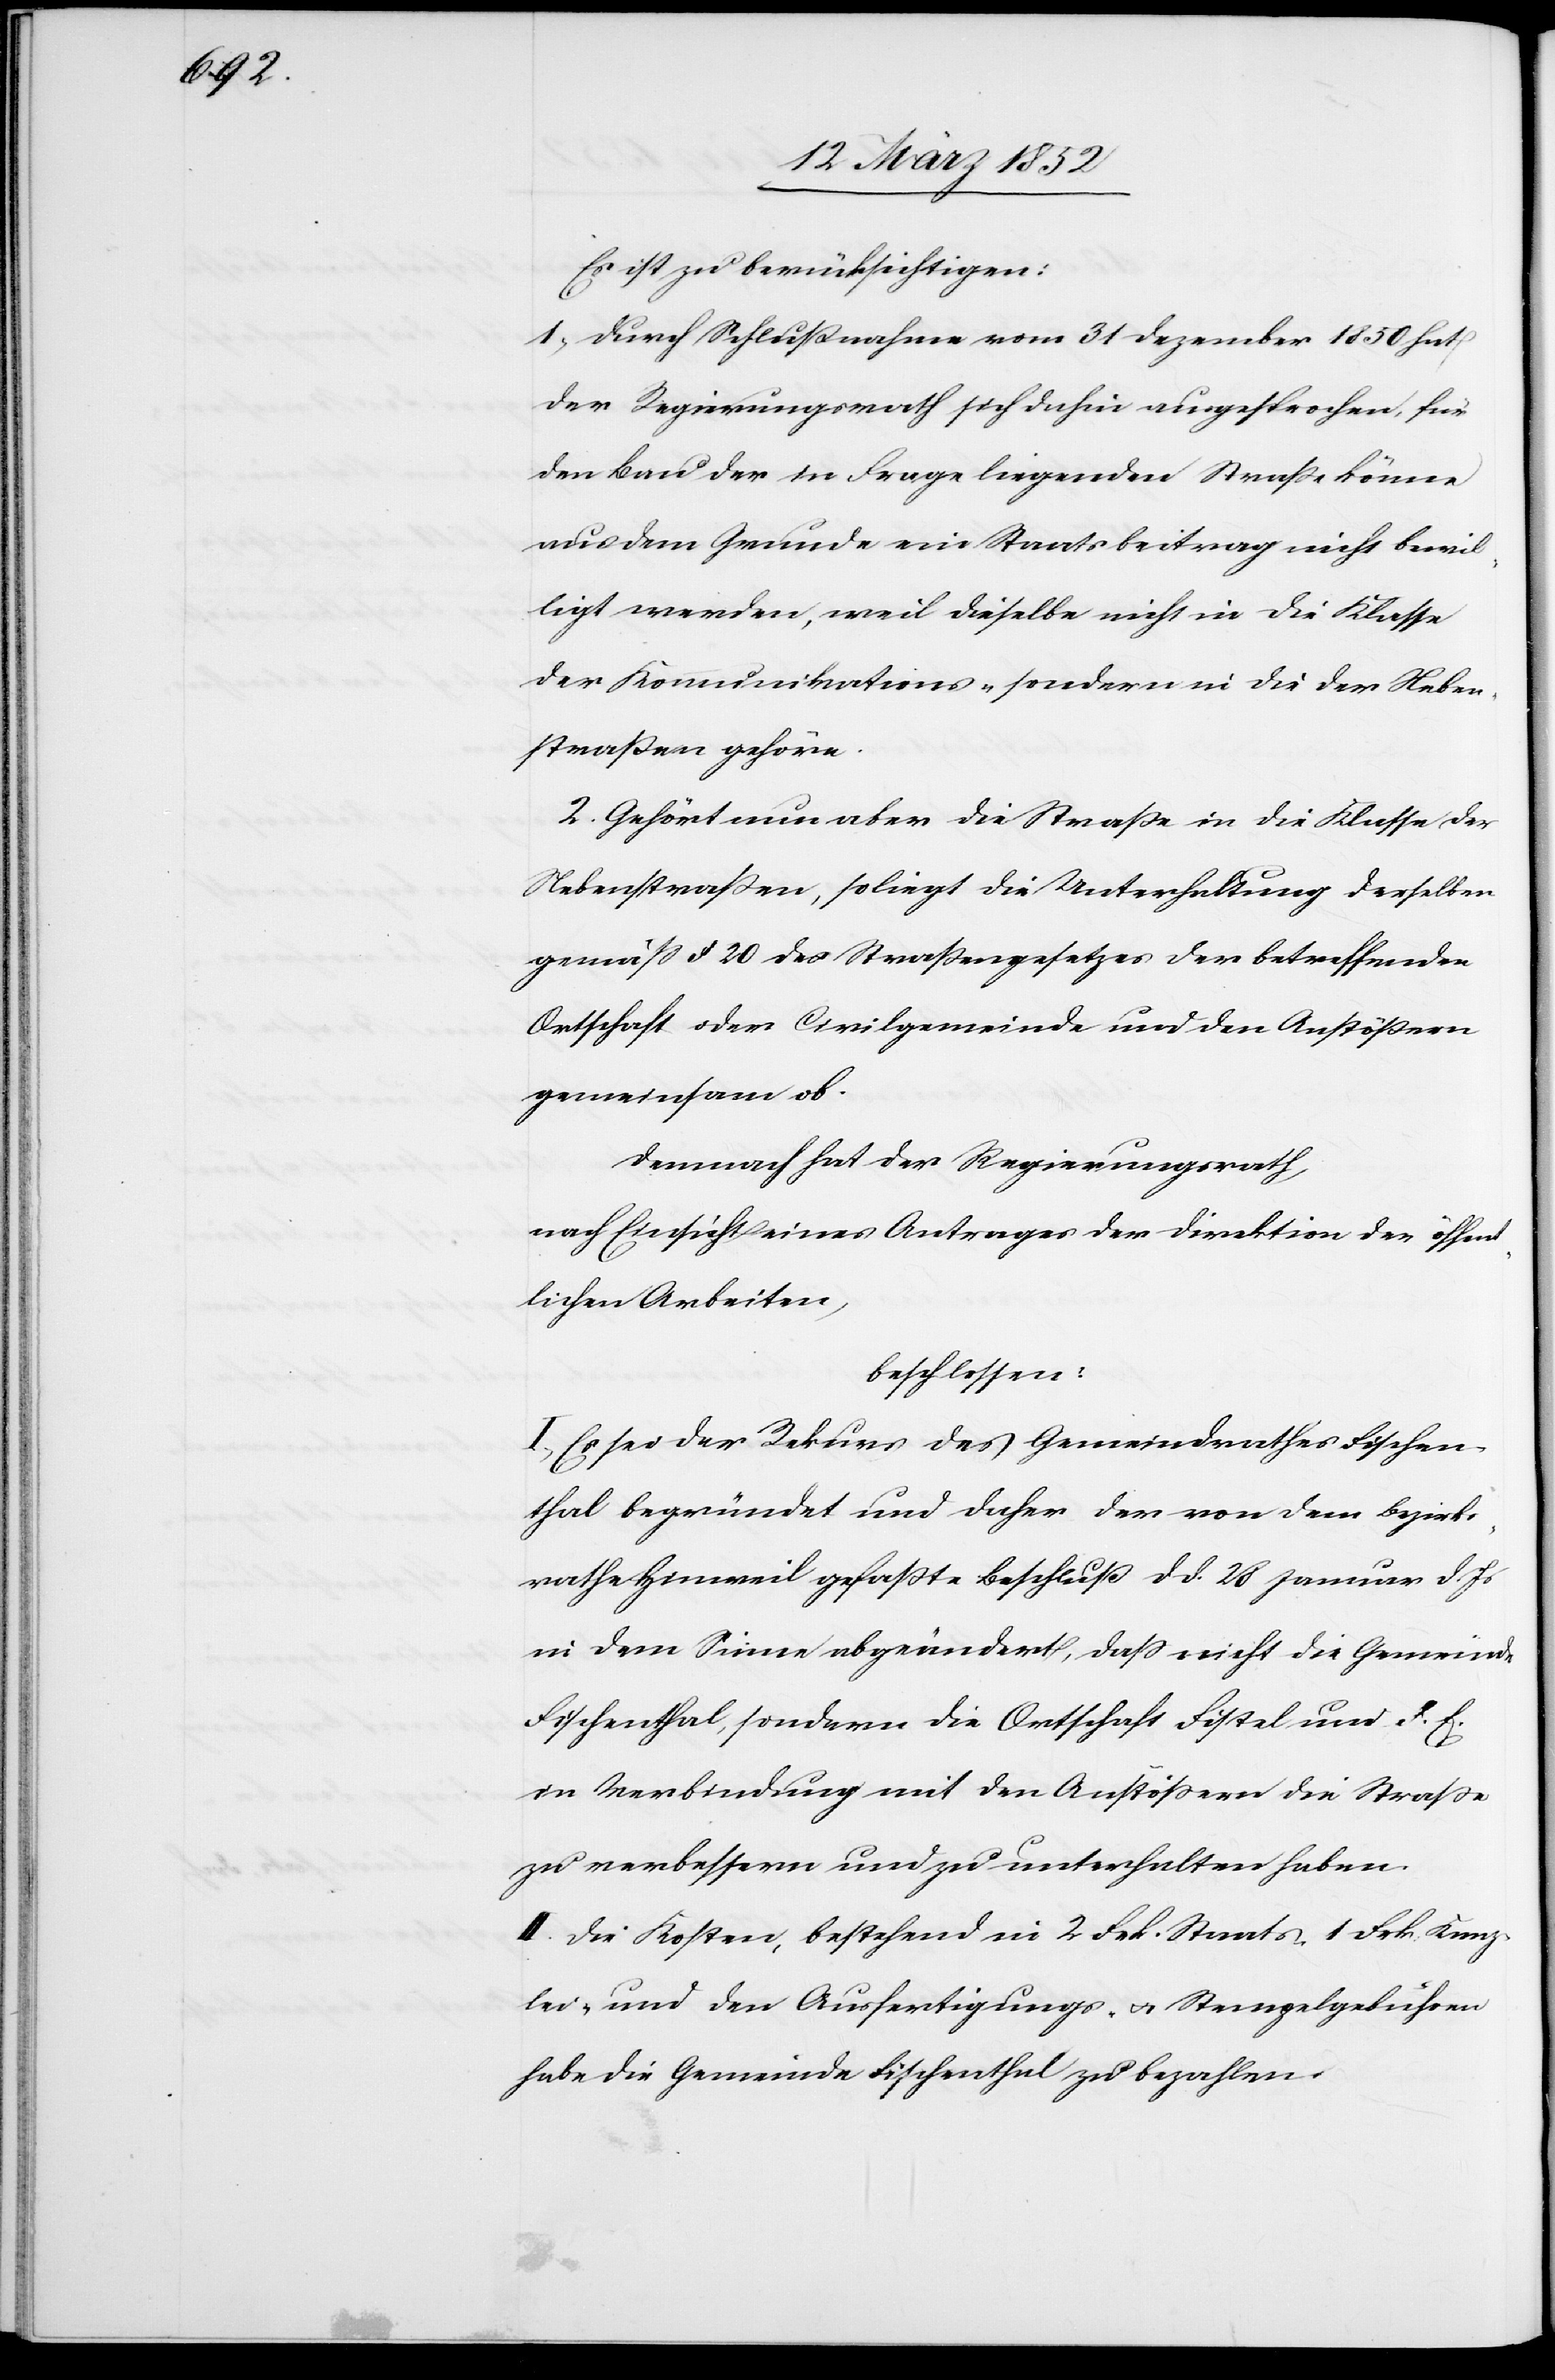
Es ist zu berücksichtigen:
1) Durch Schlußnahme vom 31 Dezember 1850 hat
der Regierungsrath sich dahin ausgesprochen, für
den Bau der in Frage liegenden Straße könne
aus dem Grunde ein Staatsbeitrag nicht bewil¬
ligt werden, weil dieselbe nicht in die Klasse
der Kommunikations- sondern in die der Neben¬
straßen gehöre.
2. Gehört nun aber die Straße in die Klasse der
Nebenstraßen, so liegt die Unterhaltung derselben
gemäß § 20 des Straßengesetzes der betreffenden
Ortschaft oder Civilgemeinde und den Anstößern
gemeinsam ob.
Demnach hat der Regierungsrath,
nach Einsicht eines Antrages der Direktion der öffent¬
lichen Arbeiten,
beschlossen:
I. Es sei der Rekurs des Gemeindrathes Fischen¬
thal begründet und daher der von dem Bezirks¬
rathe Hinweil gefaßte Beschluß d. d. 28 Januar d. Js
in dem Sinne abgeändert, daß nicht die Gemeinde
Fischenthal, sondern die Ortschaft Fistel und d. E.
in Verbindung mit den Anstößern die Straße
zu verbessern und zu unterhalten haben.
II. Die Kosten, bestehend in 2 Frk. Staats- 1 Frk. Kanz¬
lei- und den Ausfertigungs- u. Stempelgebühren
habe die Gemeinde Fischenthal zu bezahlen.